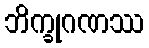
ဘိက္ခုဂဏဿ